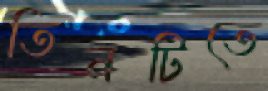
তিনটিতে